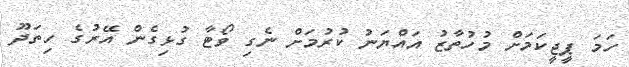
ހަމަ ޕީޖީކަމަށް މުހުތާޒު އައްޔަނު ކުރުމަށް ނެގި ވޯޓާ ގުޅިގެން އޭރުގެ ހިތަދޫ